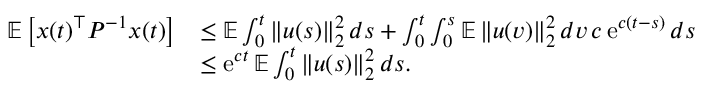
\begin{array} { r l } { \mathbb E \left[ x ( t ) ^ { \top } P ^ { - 1 } x ( t ) \right] } & { \leq \mathbb E \int _ { 0 } ^ { t } \left\| u ( s ) \right\| _ { 2 } ^ { 2 } d s + \int _ { 0 } ^ { t } \int _ { 0 } ^ { s } \mathbb E \left\| u ( v ) \right\| _ { 2 } ^ { 2 } d v \, c \operatorname { e } ^ { c ( t - s ) } d s } \\ & { \leq \operatorname { e } ^ { c t } \mathbb E \int _ { 0 } ^ { t } \left\| u ( s ) \right\| _ { 2 } ^ { 2 } d s . } \end{array}